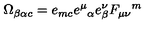
\Omega _ { \beta \alpha c } = e _ { m c } e ^ { \mu } { } _ { \alpha } e ^ { \nu } _ { \beta } F _ { \mu \nu } { } ^ { m }